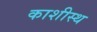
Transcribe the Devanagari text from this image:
काशीस्थ